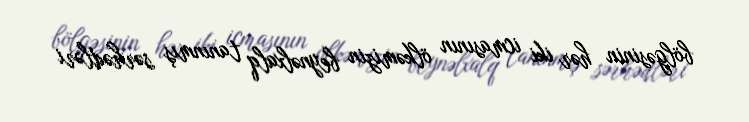
bölgəsinin hər iki icmasının ölkəmizin beynəlxalq tanınmış sərhədləri